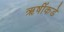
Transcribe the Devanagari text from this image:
ऋषींकडे